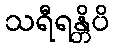
သရီရန္တိပိ